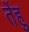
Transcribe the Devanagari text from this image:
तेंहु